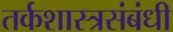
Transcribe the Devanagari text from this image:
तर्कशास्त्रसंबंधी